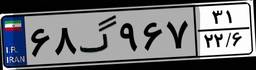
۶۸گ۹۶۷۳۱